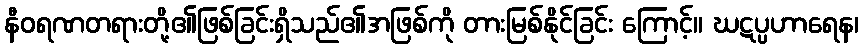
နီဝရဏတရားတို့၏ဖြစ်ခြင်းရှိသည်၏အဖြစ်ကို တားမြစ်နိုင်ခြင်း ကြောင့်။ ဃဋပ္ပဟာရေန၊